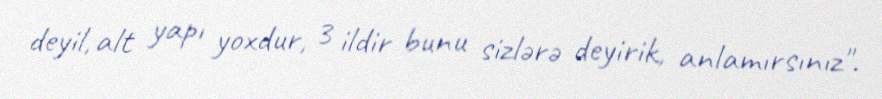
deyil, alt yapı yoxdur, 3 ildir bunu sizlərə deyirik, anlamırsınız".